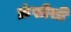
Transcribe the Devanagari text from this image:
फ्रंसीसी